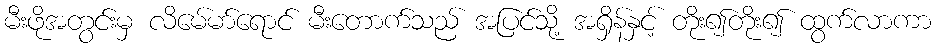
မီးဖိုအတွင်းမှ လိမေ်မာ်ရောင် မီးတောက်သည် အပြင်သို့ အရှိန်နှင့် တိုး၍တိုး၍ ထွက်လာကာ